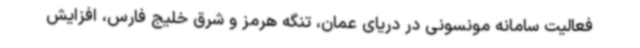
فعالیت سامانه مونسونی در دریای عمان، تنگه هرمز و شرق خلیج فارس، افزایش